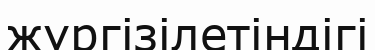
жүргізілетіндігі